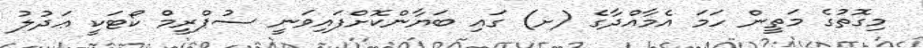
މިގޮތުގެ މަތީން ހަމަ އެމާއްދާގެ (ށ) ގައި ބަޔާންކޮށްފައިވަނީ ސުޕްރީމް ކޯޓަކީ ޢަދުލު